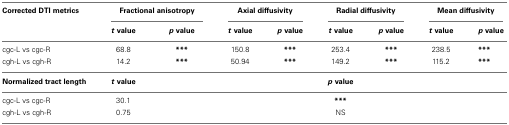
<table><thead><tr><td><b>Corrected DTI metrics</b></td><td colspan="2"><b>Fractional anisotropy</b></td><td colspan="2"><b>Axial diffusivity</b></td><td colspan="2"><b>Radial diffusivity</b></td><td colspan="2"><b>Mean diffusivity</b></td></tr><tr><td>[EMPTY_CELL]</td><td><b><i>t</i> value</b></td><td><b><i>p</i> value</b></td><td><b><i>t</i> value</b></td><td><b><i>p</i> value</b></td><td><b><i>t</i> value</b></td><td><b><i>p</i> value</b></td><td><b><i>t</i> value</b></td><td><b><i>p</i> value</b></td></tr></thead><tbody><tr><td>cgc-L vs cgc-R</td><td>68.8</td><td><b>***</b></td><td>150.8</td><td><b>***</b></td><td>253.4</td><td><b>***</b></td><td>238.5</td><td><b>***</b></td></tr><tr><td>cgh-L vs cgh-R</td><td>14.2</td><td><b>***</b></td><td>50.94</td><td><b>***</b></td><td>149.2</td><td><b>***</b></td><td>115.2</td><td><b>***</b></td></tr><tr><td><b>Normalized tract length</b></td><td><b><i>t</i> value</b></td><td>[EMPTY_CELL]</td><td>[EMPTY_CELL]</td><td>[EMPTY_CELL]</td><td><b><i>p</i> value</b></td></tr><tr><td>cgc-L vs cgc-R</td><td>30.1</td><td>[EMPTY_CELL]</td><td>[EMPTY_CELL]</td><td>[EMPTY_CELL]</td><td><b>***</b></td></tr><tr><td>cgh-L vs cgh-R</td><td>0.75</td><td>[EMPTY_CELL]</td><td>[EMPTY_CELL]</td><td>[EMPTY_CELL]</td><td>NS</td></tr></tbody></table>